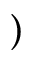
)